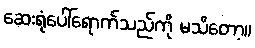
ဆေးရုံပေါ်ရောက်သည်ကို မသိတော့။